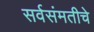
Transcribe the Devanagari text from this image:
सर्वसंमतीचे